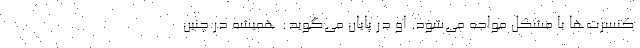
کنسرت‌ها با مشکل مواجه می‌شود. او در پایان می‌گوید: همیشه در چنین